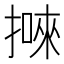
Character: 𢴙